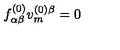
f _ { \alpha \beta } ^ { ( 0 ) } v _ { m } ^ { ( 0 ) \beta } = 0